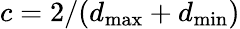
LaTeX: c=2/(d_{\operatorname*{max}}+d_{\operatorname*{min}})